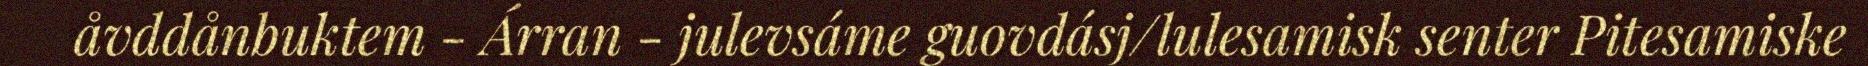
åvddånbuktem - Árran - julevsáme guovdásj/lulesamisk senter Pitesamiske